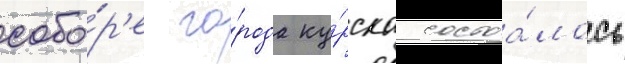
собо́р'е го́рода ку́рска состоа́лось